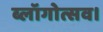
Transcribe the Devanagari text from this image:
ब्लॉगोत्सव।